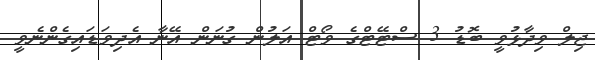
ޖިލް ވިދާޅުވީ ބޮޑު 3 ސްޓޭޓްގެ ވޯޓް އަލުން ގުނަން އޭނާ އެދިވަޑައިގެންނެވީ